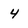
Character: 4